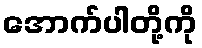
အောက်ပါတို့ကို